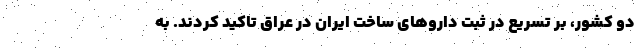
دو کشور، بر تسریع در ثبت داروهای ساخت ایران در عراق تاکید کردند. به